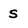
Character: S